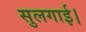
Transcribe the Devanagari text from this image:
सुलगाई।